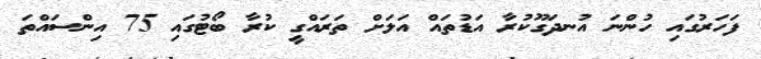
ފަހަރުގައި ހުންނަ އުނދަގޫކުރާ އަޑުތައް އަލަށް ތަރައްގީ ކުރާ ބޯޓުގައި 75 އިންސައްތަ